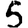
Digit: 5